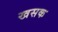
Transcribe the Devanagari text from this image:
खसक